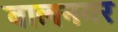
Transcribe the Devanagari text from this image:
बालनगर